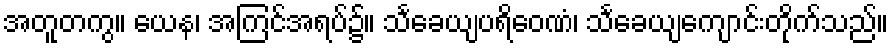
အတူတကွ။ ယေန၊ အကြင်အရပ်၌။ သင်္ခေယျပရိဝေဏံ၊ သင်္ခေယျကျောင်းတိုက်သည်။